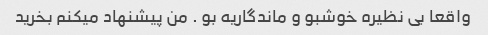
واقعا بی نظیره خوشبو و ماندگاریه بو . من پیشنهاد میکنم بخرید